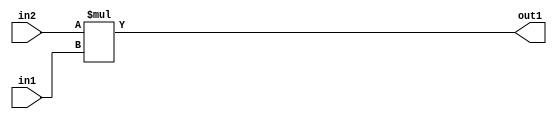
`timescale 1ps / 1ps
/*****************************************************************************
    Verilog RTL Description
    
    
    Created by: Stratus DpOpt 2019.1.01 
*******************************************************************************/

module DC_Filter_Mul_9Ux3U_12U_1 (
	in2,
	in1,
	out1
	); /* architecture "behavioural" */ 
input [8:0] in2;
input [2:0] in1;
output [11:0] out1;
wire [11:0] asc001;

assign asc001 = 
	+(in2 * in1);

assign out1 = asc001;
endmodule

/* CADENCE  ubD4Sgk= : u9/ySgnWtBlWxVPRXgAZ4Og= ** DO NOT EDIT THIS LINE ******/